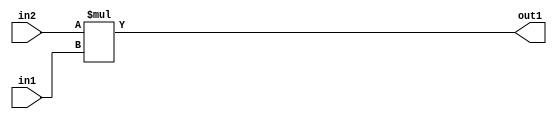
`timescale 1ps / 1ps
/*****************************************************************************
    Verilog RTL Description
    
    
    Created by: Stratus DpOpt 2019.1.01 
*******************************************************************************/

module DC_Filter_Mul_9Ux3U_12U_1 (
	in2,
	in1,
	out1
	); /* architecture "behavioural" */ 
input [8:0] in2;
input [2:0] in1;
output [11:0] out1;
wire [11:0] asc001;

assign asc001 = 
	+(in2 * in1);

assign out1 = asc001;
endmodule

/* CADENCE  ubD4Sgk= : u9/ySgnWtBlWxVPRXgAZ4Og= ** DO NOT EDIT THIS LINE ******/